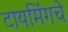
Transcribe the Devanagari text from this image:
टायमिंगचे